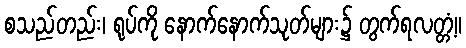
စသည်တည်း၊ ရုပ်ကို နောက်နောက်သုတ်များ၌ တွက်ရလတ္တံ့။